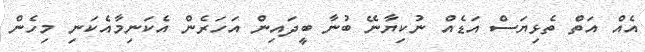
އެއް އަތް ތެޅިޔަސް އަޑެއް ނުކިޔާނޭ ބުނާ ބީދައިން އަހަރެން އެކަނިމާއެކަނި މިހެން